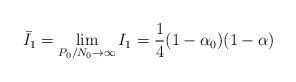
LaTeX: \begin{align*}\bar{I}_1=\lim \limits_{P_0/N_0\rightarrow \infty} I_1=\frac{1}{4}(1-\alpha_0)(1-\alpha)\end{align*}